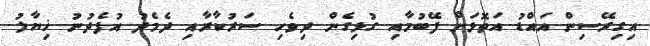
އިގިރޭސިން އައްޑު އަތޮޅަށް ފޭބުމާއި ގުޅިގެން ދިވެހި ސަރުކާރާއި ދެމެދު އުފެދުނު ޚިޔާލު